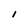
Character: I